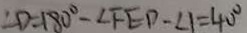
\angle D = 1 8 0 ^ { \circ } - \angle F E D - \angle 1 = 4 0 ^ { \circ }